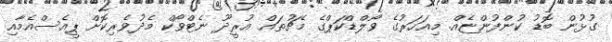
ގުޅުން ބޮޑު ކުންފުންޏެއް. މިއަހަރުގެ ވޯލްޑްކަޕްގެ މެޗުތައް އުރީދޫ ނެޓްވޯކް މެދުވެރިކޮށް ޕީއެސްއެމާއި